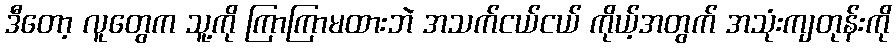
ဒီတော့ လူတွေက သူ့ကို ကြာကြာမထားဘဲ အသက်ငယ်ငယ် ကိုယ့်အတွက် အသုံးကျတုန်းကို